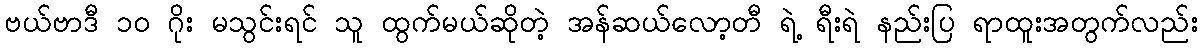
ဗယ်ဗာဒီ ၁၀ ဂိုး မသွင်းရင် သူ ထွက်မယ်ဆိုတဲ့ အန်ဆယ်လော့တီ ရဲ့ ရီးရဲ နည်းပြ ရာထူးအတွက်လည်း